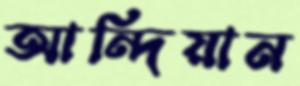
আন্দিয়ান